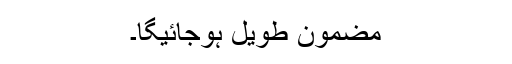
مضمون طویل ہوجائیگا۔